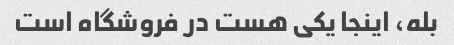
بله، اینجا یکی هست در فروشگاه است